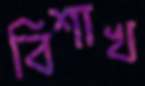
বিশাখ